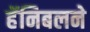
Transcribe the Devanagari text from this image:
हॅनिबलने